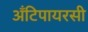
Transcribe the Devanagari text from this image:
अँटिपायरसी